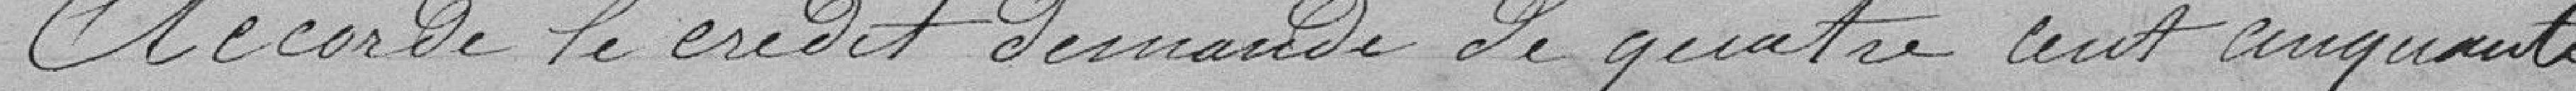
accorde le crédit demandé de quatre cent cinquante